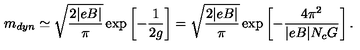
m _ { d y n } \simeq \sqrt { \frac { 2 | e B | } { \pi } } \exp \left[ - \frac { 1 } { 2 g } \right] = \sqrt { \frac { 2 | e B | } { \pi } } \exp \left[ - \frac { 4 \pi ^ { 2 } } { | e B | N _ { c } G } \right] .